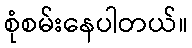
စုံစမ်းနေပါတယ်။